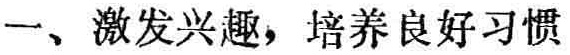
一、激发兴趣，培养良好习惯